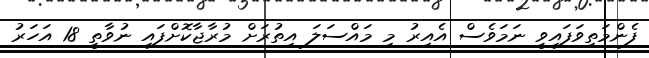
ފެންމަތިވަފައިވީ ނަމަވެސް އެއިރު މި މައްސަލަ އިތުރަށް މުރާޖާކޮށްފައި ނުވާތީ 18 އަހަރު